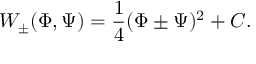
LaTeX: W _ { \pm } ( \Phi , \Psi ) = \frac { 1 } { 4 } ( \Phi \pm \Psi ) ^ { 2 } + C .